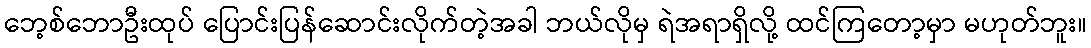
ဘေ့စ်ဘောဦးထုပ် ပြောင်းပြန်ဆောင်းလိုက်တဲ့အခါ ဘယ်လိုမှ ရဲအရာရှိလို့ ထင်ကြတော့မှာ မဟုတ်ဘူး။